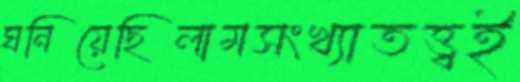
ঘনিয়েছিলামসংখ্যাতত্ত্বই